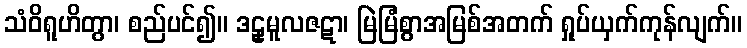
သံဝိရူဟိတွာ၊ စည်ပင်၍။ ဒဠှမူလဇဋာ၊ မြဲမြံစွာအမြစ်အတက် ရှုပ်ယှက်ကုန်လျက်။